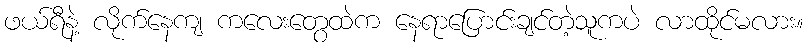
ဖယ်ရီနဲ့ လိုက်နေကျ ကလေးတွေထဲက နေရာပြောင်းချင်တဲ့သူကပဲ လာထိုင်မလား။